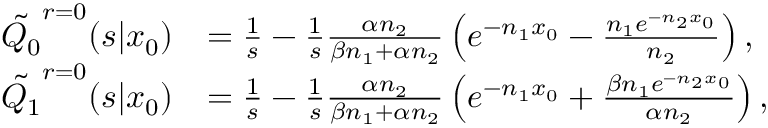
\begin{array} { r l } { \tilde { Q _ { 0 } } ^ { r = 0 } ( s | x _ { 0 } ) } & { = \frac { 1 } { s } - \frac { 1 } { s } \frac { \alpha n _ { 2 } } { \beta n _ { 1 } + \alpha n _ { 2 } } \left( e ^ { - n _ { 1 } x _ { 0 } } - \frac { n _ { 1 } e ^ { - n _ { 2 } x _ { 0 } } } { n _ { 2 } } \right) , } \\ { \tilde { Q _ { 1 } } ^ { r = 0 } ( s | x _ { 0 } ) } & { = \frac { 1 } { s } - \frac { 1 } { s } \frac { \alpha n _ { 2 } } { \beta n _ { 1 } + \alpha n _ { 2 } } \left( e ^ { - n _ { 1 } x _ { 0 } } + \frac { \beta n _ { 1 } e ^ { - n _ { 2 } x _ { 0 } } } { \alpha n _ { 2 } } \right) , } \end{array}